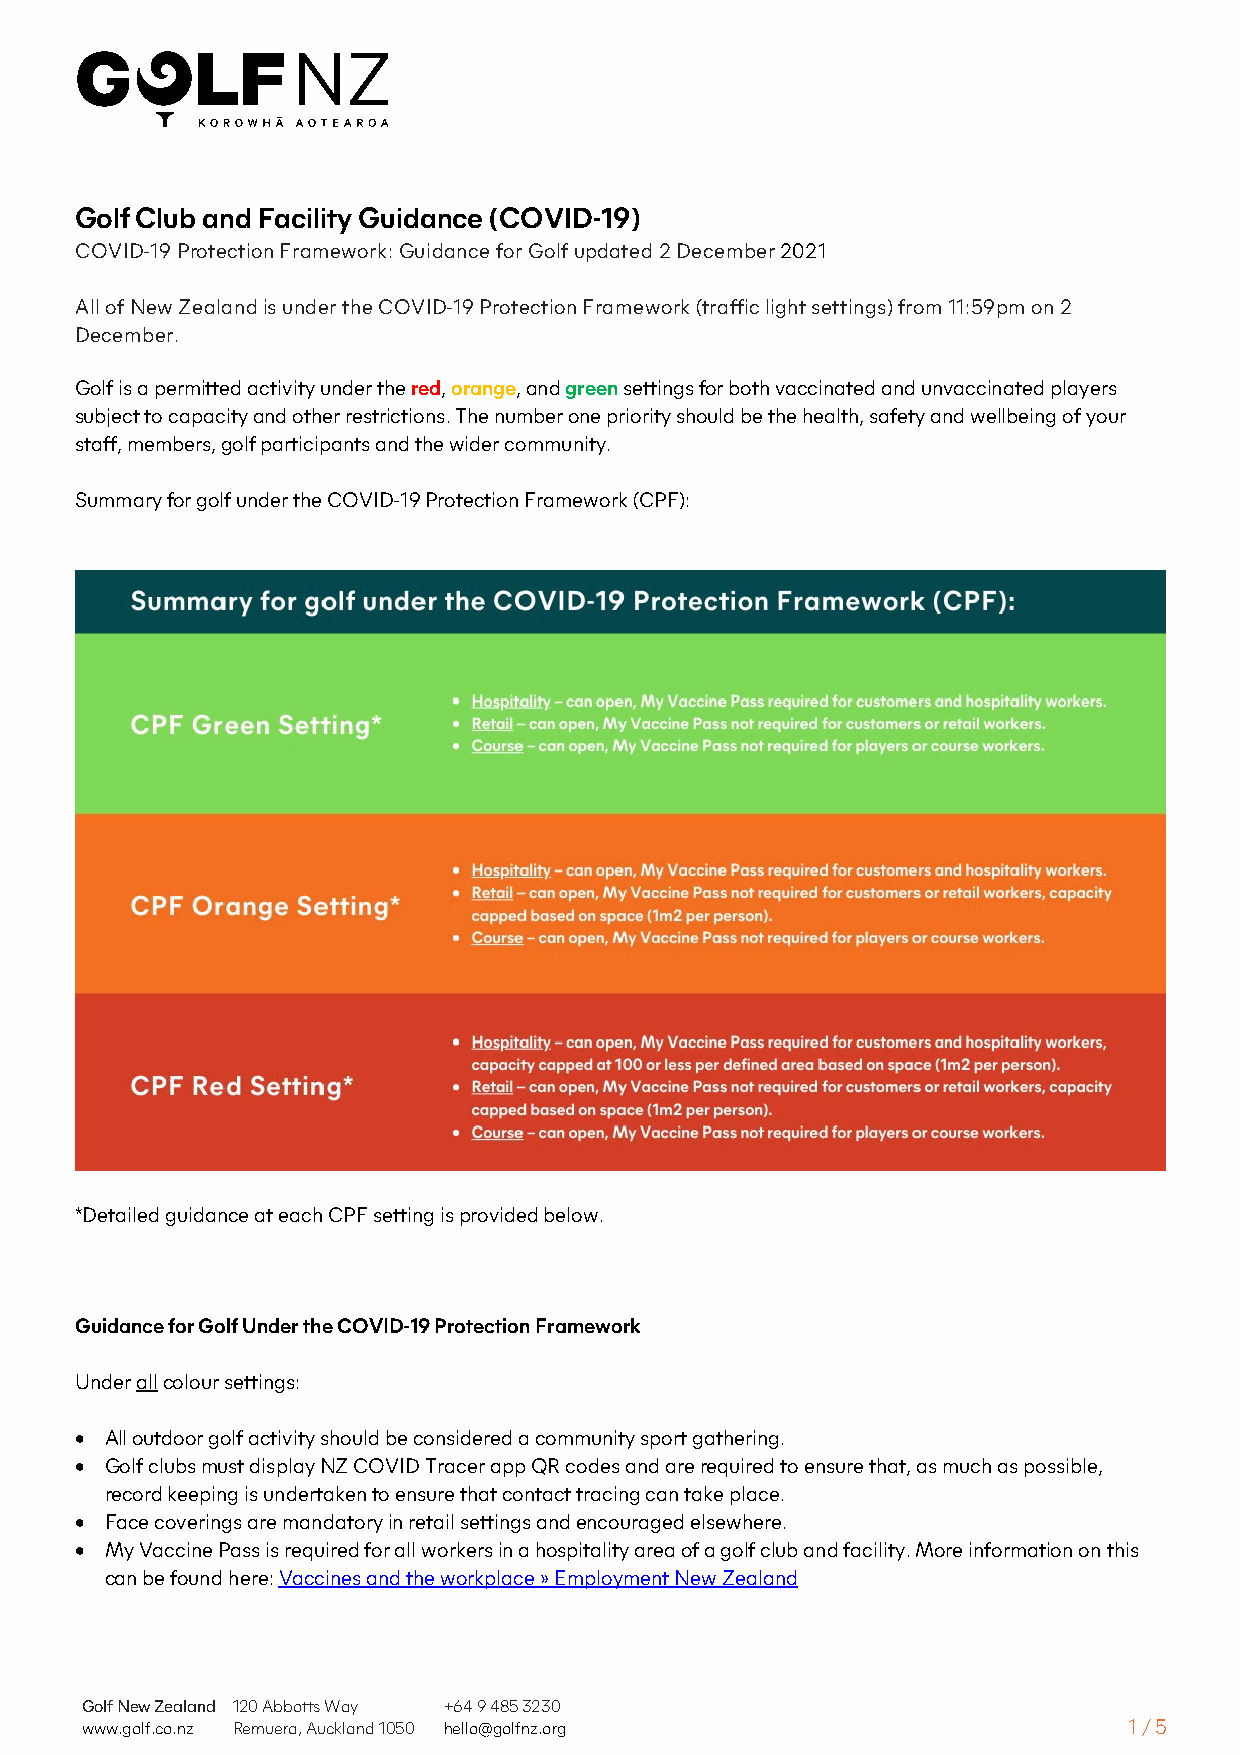
Golf Club and Facility Guidance (COVID-19)
 COVID-19 Protection Framework: Guidance for Golf updated 2 December 2021
 All of New Zealand is under the COVID-19 Protection Framework (traffic light settings) from 11:59pm on 2
 December.
 Golf is a permitted activity under the red, orange, and green settings for both vaccinated and unvaccinated players
 subject to capacity and other restrictions. The number one priority should be the health, safety and wellbeing of your
 staff, members, golf participants and the wider community.
 Summary for golf under the COVID-19 Protection Framework (CPF):
 *Detailed guidance at each CPF setting is provided below.
 Guidance for Golf Under the COVID-19 Protection Framework
 Under all colour settings:
 • All outdoor golf activity should be considered a community sport gathering.
 • Golf clubs must display NZ COVID Tracer app QR codes and are required to ensure that, as much as possible,
 record keeping is undertaken to ensure that contact tracing can take place.
 • Face coverings are mandatory in retail settings and encouraged elsewhere.
 • My Vaccine Pass is required for all workers in a hospitality area of a golf club and facility. More information on this
 can be found here: Vaccines and the workplace » Employment New Zealand
 Golf New Zealand 120 Abbotts Way +64 9 485 3230
 www.golf.co.nz Remuera, Auckland 1050 hello@golfnz.org                1 / 5